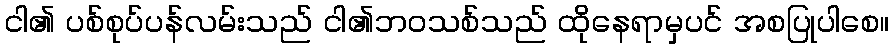
ငါ၏ ပစ်စုပ်ပန်လမ်းသည် ငါ၏ဘဝသစ်သည် ထိုနေရာမှပင် အစပြုပါစေ။